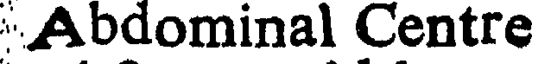
Abdominal Centre